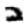
Digit: 2